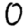
Digit: 0